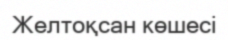
Желтоқсан көшесі